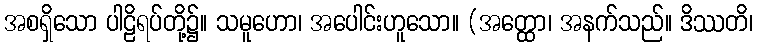
အစရှိသော ပါဠိရပ်တို့၌။ သမူဟော၊ အပေါင်းဟူသော။ (အတ္ထော၊ အနက်သည်။ ဒိဿတိ၊